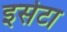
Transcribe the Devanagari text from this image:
इसेटा